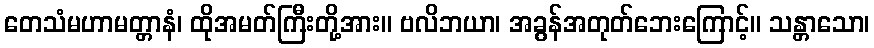
တေသံမဟာမတ္တာနံ၊ ထိုအမတ်ကြီးတို့အား။ ဗလိဘယာ၊ အခွန်အတုတ်ဘေးကြောင့်။ သန္တာသော၊